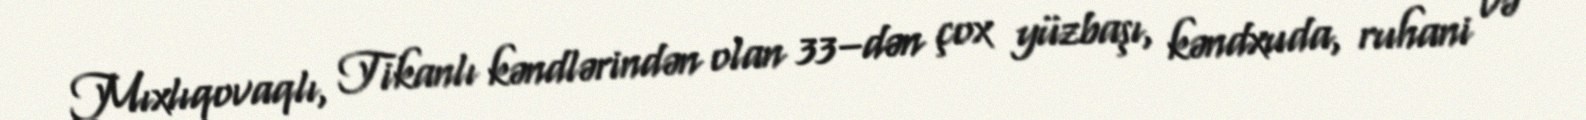
Mıxlıqovaqlı, Tikanlı kəndlərindən olan 33–dən çox yüzbaşı, kəndxuda, ruhani və